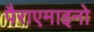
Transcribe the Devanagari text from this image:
पैराएमाइनो